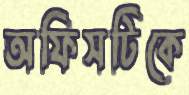
অফিসটিকে